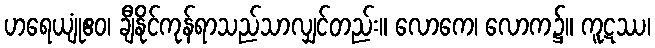
ဟရေယျုံဧဝ၊ ချီနိုင်ကုန်ရာသည်သာလျှင်တည်း။ လောကေ၊ လောက၌။ ကူဋဿ၊